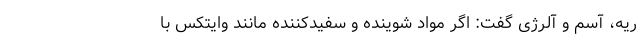
ریه، آسم و آلرژی گفت: اگر مواد شوینده و سفیدکننده مانند وایتکس با